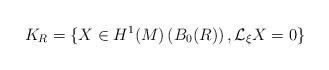
LaTeX: \begin{align*}K_R=\{X\in H^1(M)\left(B_0(R)\right),\mathcal{L}_\xi X=0\}\end{align*}